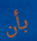
بأن